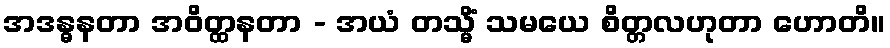
အဒန္ဓနတာ အဝိတ္ထနတာ - အယံ တသ္မိံ သမယေ စိတ္တလဟုတာ ဟောတိ။